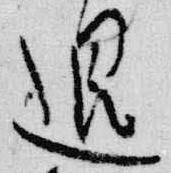
退